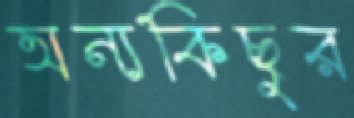
অন্যকিছুর